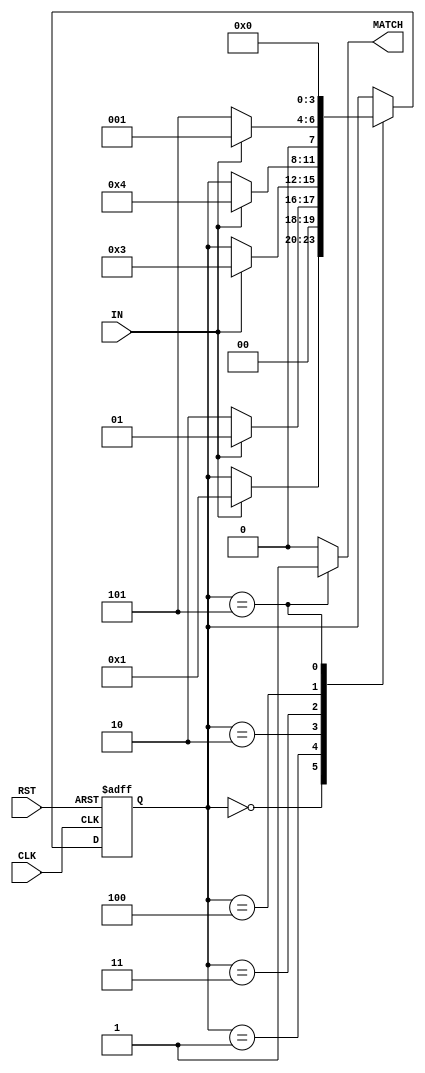
module chatgpt4_generate_fsm (
    input CLK,
    input RST,
    input IN,
    output reg MATCH
);

    // Define state encoding
    parameter [3:0] S0 = 4'b0000,
                     S1 = 4'b0001,
                     S2 = 4'b0010,
                     S3 = 4'b0011,
                     S4 = 4'b0100,
                     S5 = 4'b0101;

    reg [3:0] state, next_state;

    // Next state logic
    always @(*) begin
        next_state = state; // By default, stay in the current state
        case(state)
            S0: if(IN) next_state = S1;
            S1: if(!IN) next_state = S2;
                else next_state = S1;
            S2: if(IN) next_state = S3;
            S3: if(IN) next_state = S4;
            S4: if(!IN) next_state = S5;
                else next_state = S1;
            S5: next_state = S0;
        endcase
    end

    // State register
    always @(posedge CLK or negedge RST) begin
        if(!RST) state <= S0;
        else state <= next_state;
    end

    // Output logic
    always @(*) begin
        if(state == S5) MATCH = 1'b1;
        else MATCH = 1'b0;
    end

endmodule